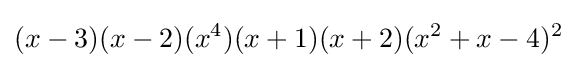
(x-3)(x-2)(x^{4})(x+1)(x+2)(x^{2}+x-4)^{2}